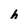
Character: h